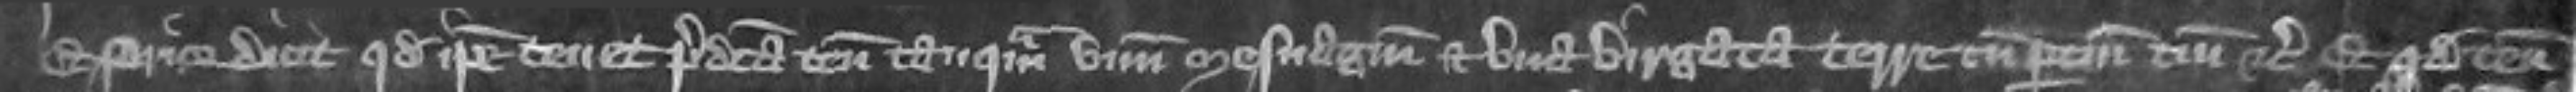
Et prior dicit quod ipse tenet predicta tenementa tanquam unum mesuagium et una virgata terre cum pertinenciis etc et quod tenementa